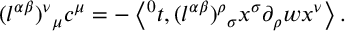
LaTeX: { ( l ^ { \alpha \beta } ) ^ { \nu } } _ { \mu } c ^ { \mu } = - \left\langle { ^ 0 t } , { ( l ^ { \alpha \beta } ) ^ { \rho } } _ { \sigma } x ^ { \sigma } \partial _ { \rho } w x ^ { \nu } \right\rangle .